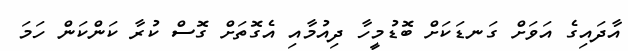
އާދައިގެ އަވަށް ގަނޑަކަށް ބޮޑުމީހާ ދިއުމާއި އެގޮތަށް ގޮސް ކުރާ ކަންކަން ހަމަ